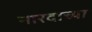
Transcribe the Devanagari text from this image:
नारदाच्या